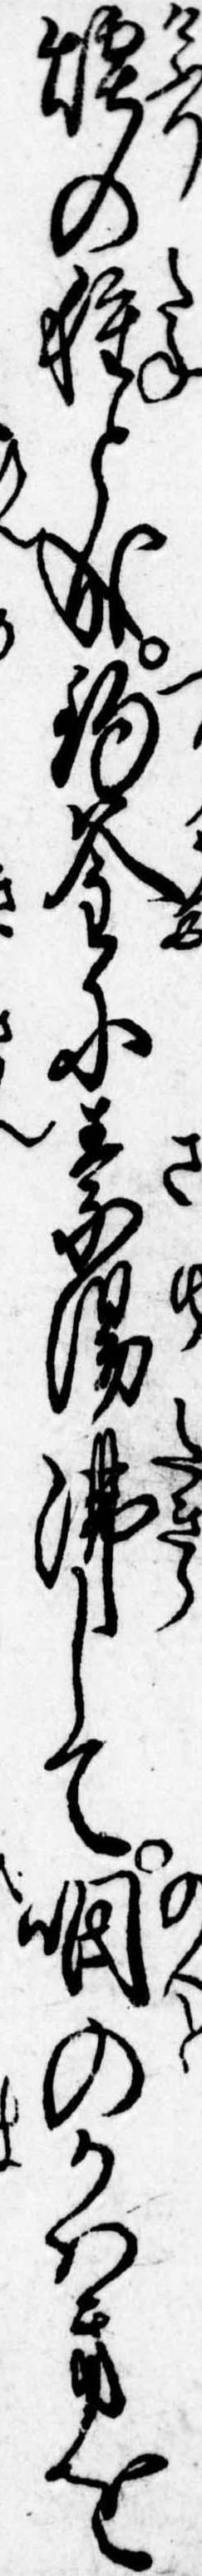
煙の種と成釣釜に素湯沸して咽のかはきを